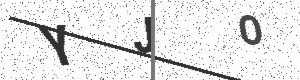
Text: YJO